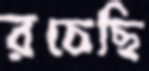
রচেছি